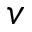
v